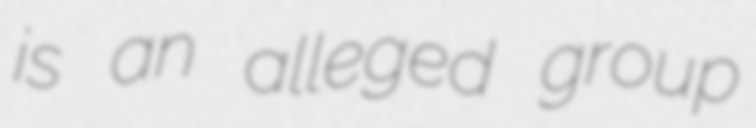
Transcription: is an alleged group